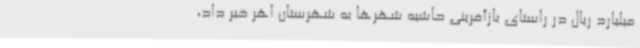
میلیارد ریال در راستای بازآفرینی حاشیه شهرها به شهرستان اهر خبر داد،